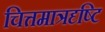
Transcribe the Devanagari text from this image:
चित्तमात्रदृष्टि